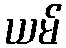
ယမ်